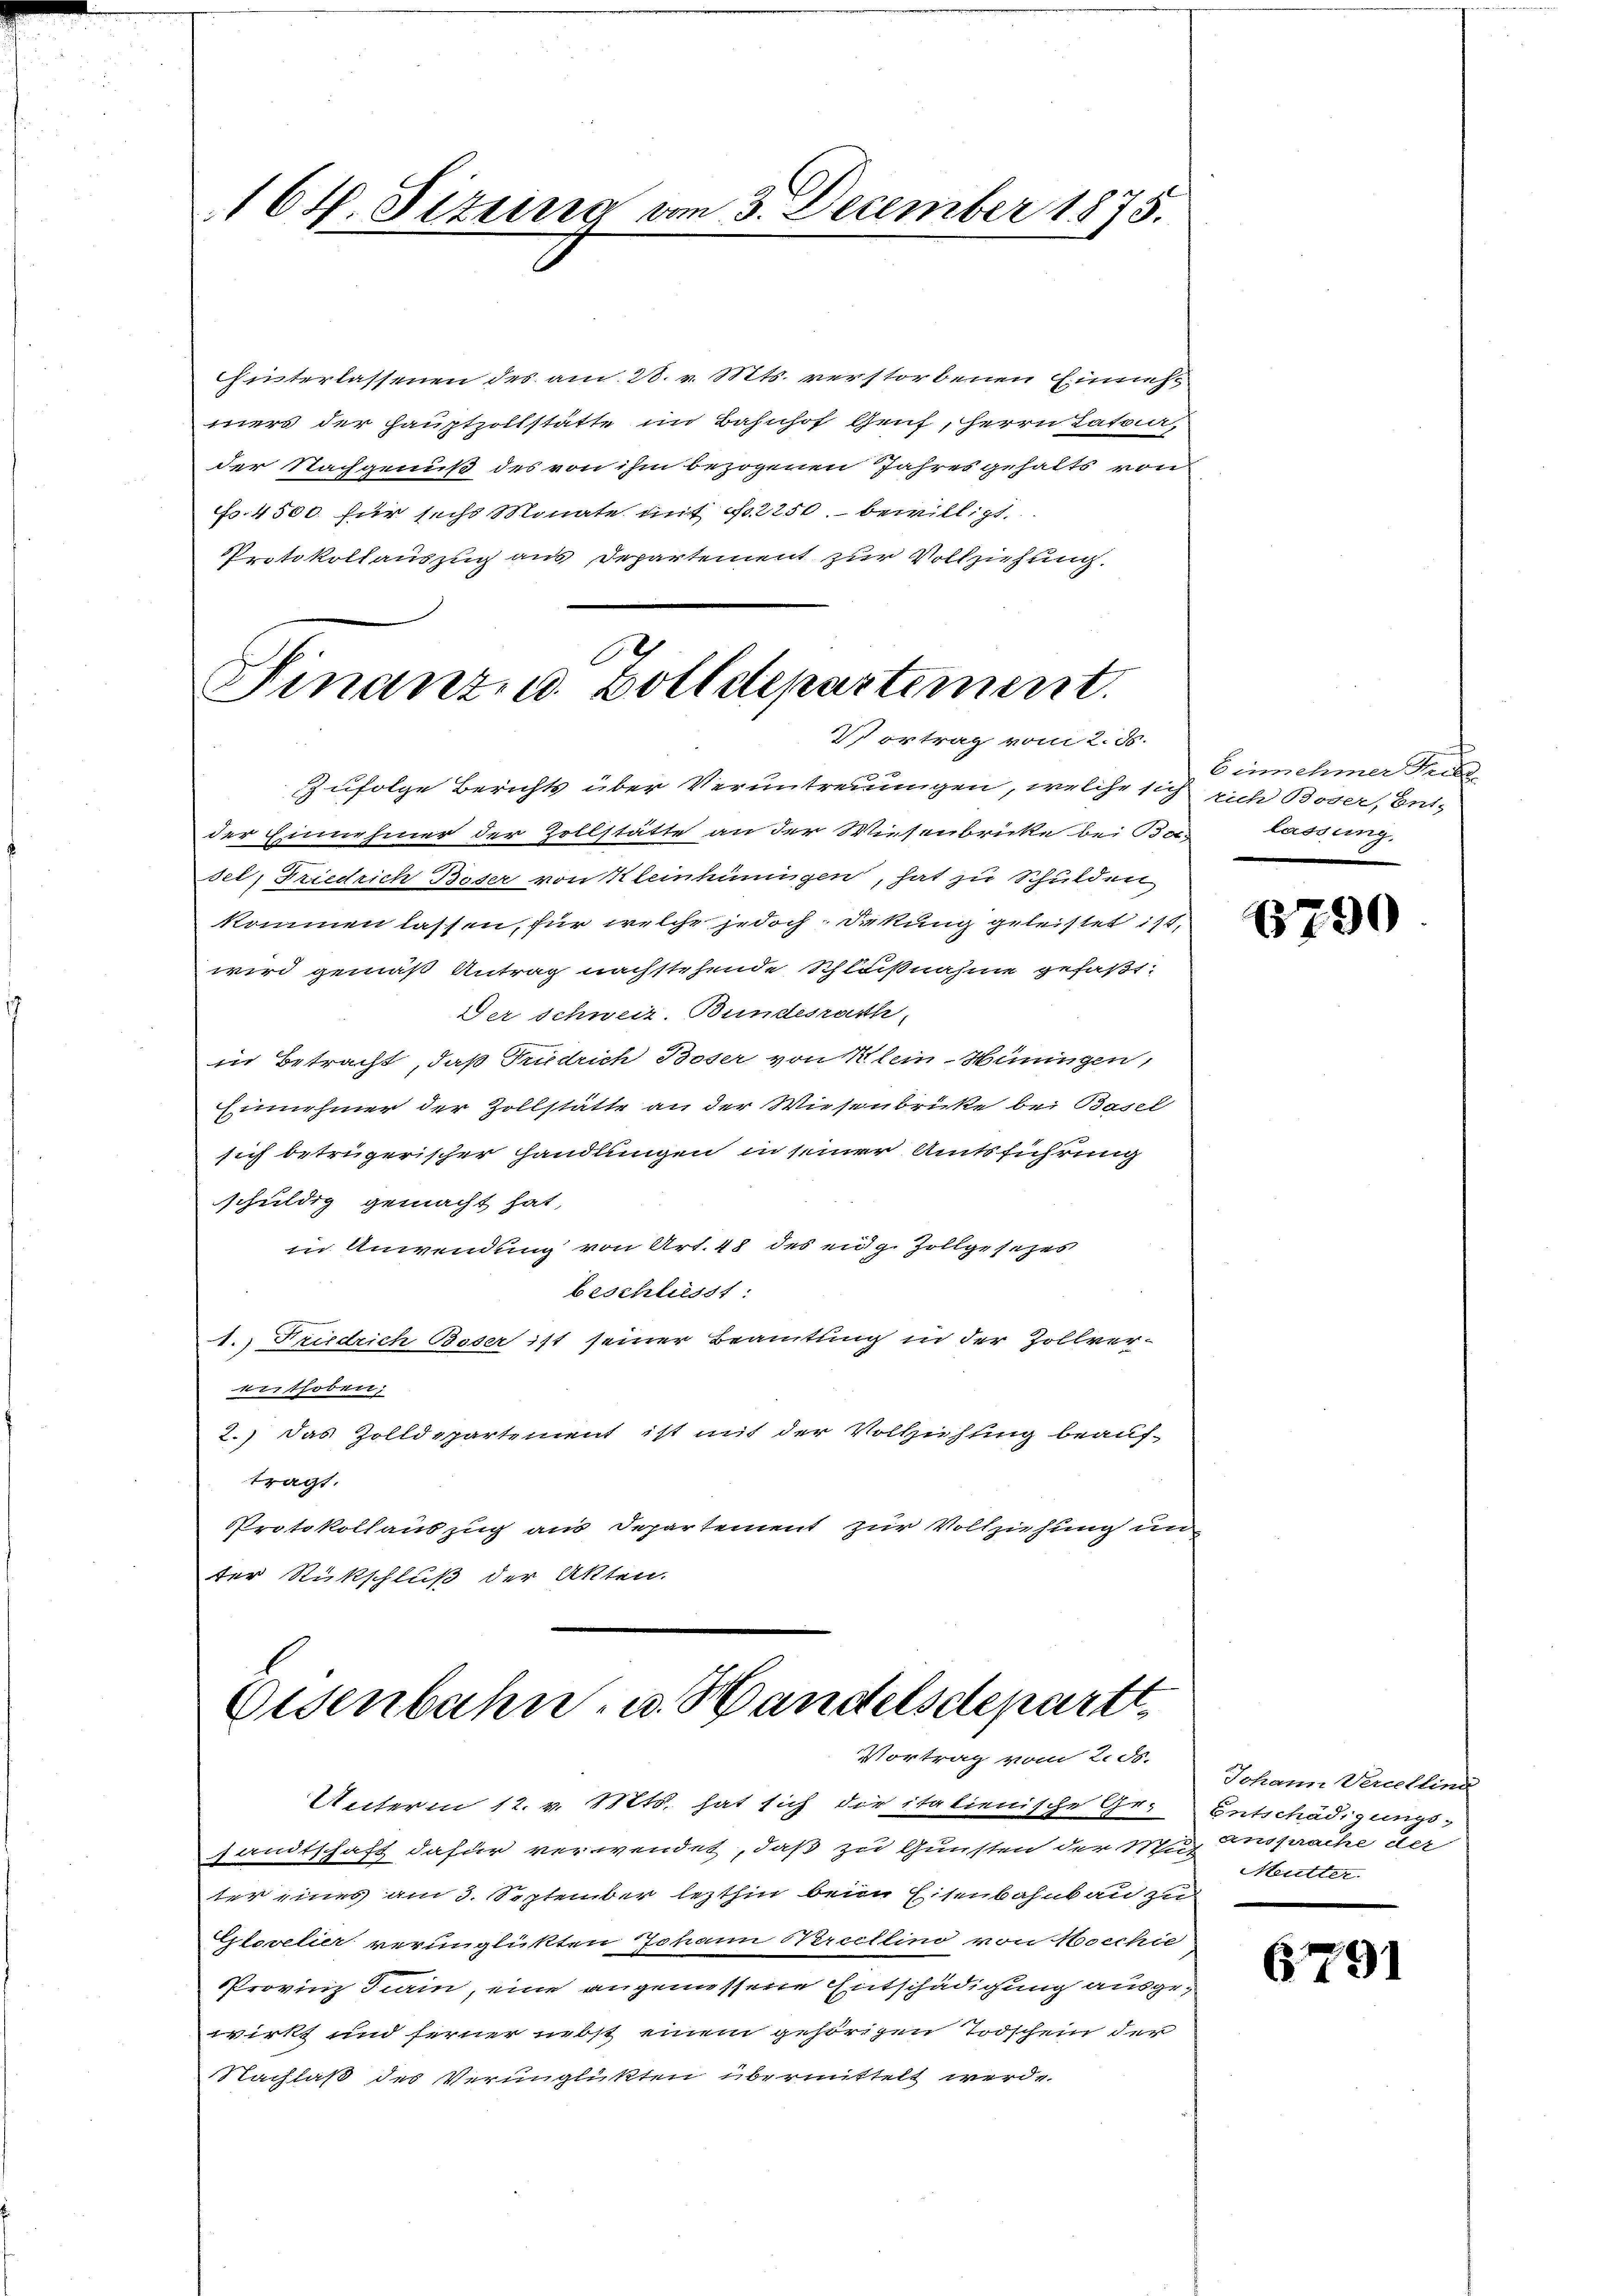
164. Sizung vom 3. December 1875.

hinterlassenen des am 28. v. Mts. verstorbenen Eines
mers der Hauptzollstätte im Bahnhof Genf, Herrn Latoir,
der Nachgenuß des von ihm bezogenen Jahresgehalts von
Fr. 4500. für sechs Monate mit 2250. bewilligt.
Protokollauszug aus Departement zur Vollziehung.
6

Finanz . Bolldepartement.
Vortrag vom 2. d.

Zufolge Berichts über Veruntreuungen, welche sich rich Boser, Ent-
der Einnehmer der Zollstätte an der Wiesenbricke bei Ba-
sel, Friedrich Boser von Kleinhüningen, hat zu Schulden
kommen lassen, für welche jedoch Dekung geleistet ist
wird gemäß Antrag nachstehende Schlußnahme gefaßt:
Der Schweiz. Bundesrath,
in Betracht, daß Friedrich Boser von Klein-Hüningen,
Einnehmer der Zollstätte an der Wiesenbrüke bei Basel
sich betrügerischer Handlungen in seiner Amtsführung
schuldig gemacht hat,
in Anwendung von Art. 48 des eidg. Zollgesezes
beschliesst:
1.) Friedrich Boser ist seiner Beamtung in der Zollverenthoben:
2.) das Zolldepartement ist mit der Vollzuhung beauftragt.
Protokollauszug aus Departement zur Vollziehung un
ter Rückschluß der Akten.

Eisenbahn- u. Handelsdepartt
Vortrag vom 2. ds.

sandtschaft dafür verwendet, daß zu Gunsten der Mich Ansprache der
ter eines am 3. September lezthin beim Eisenbahnbau zu
Glovelier verunglickten Johann Nercellino von Mocchie
Provinz Turin, eine angemessene Entschädigung ausgewirkt und ferner nebst einem gehörigen Todschein der
Nachlaß des Verunglükten übermittelt werde

Unterm 12. v. Mts. hat sich die italienische Gr. Entschädigungs-

Einnehmer Sache
lassung,

1790

Johann Vercelling
Mutter.

6791